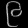
Digit: ၉